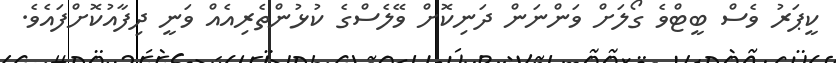
ކީޕަރު ވެސް ބީޓްވެ ގޯލަށް ވަންނަން ދަނިކޮށް ވޭލެސްގެ ކުޅުންތެރިއެއް ވަނީ ދިފާއުކޮށްފައެވެ.